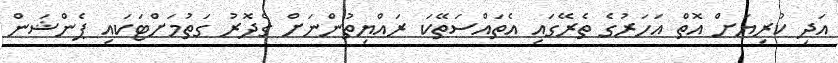
އަދި ކުރިޔަށް އޮތް އަހަރުގެ ތެރޭގައި އެތައްސަތޭކަ ރައްޔިތުންނަށް ގެދޮރު ގަތުމަށްޓަކައި ޕެންޝަން